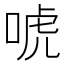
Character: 唬